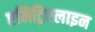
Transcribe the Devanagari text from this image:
एमिट्रिप्टलाइन